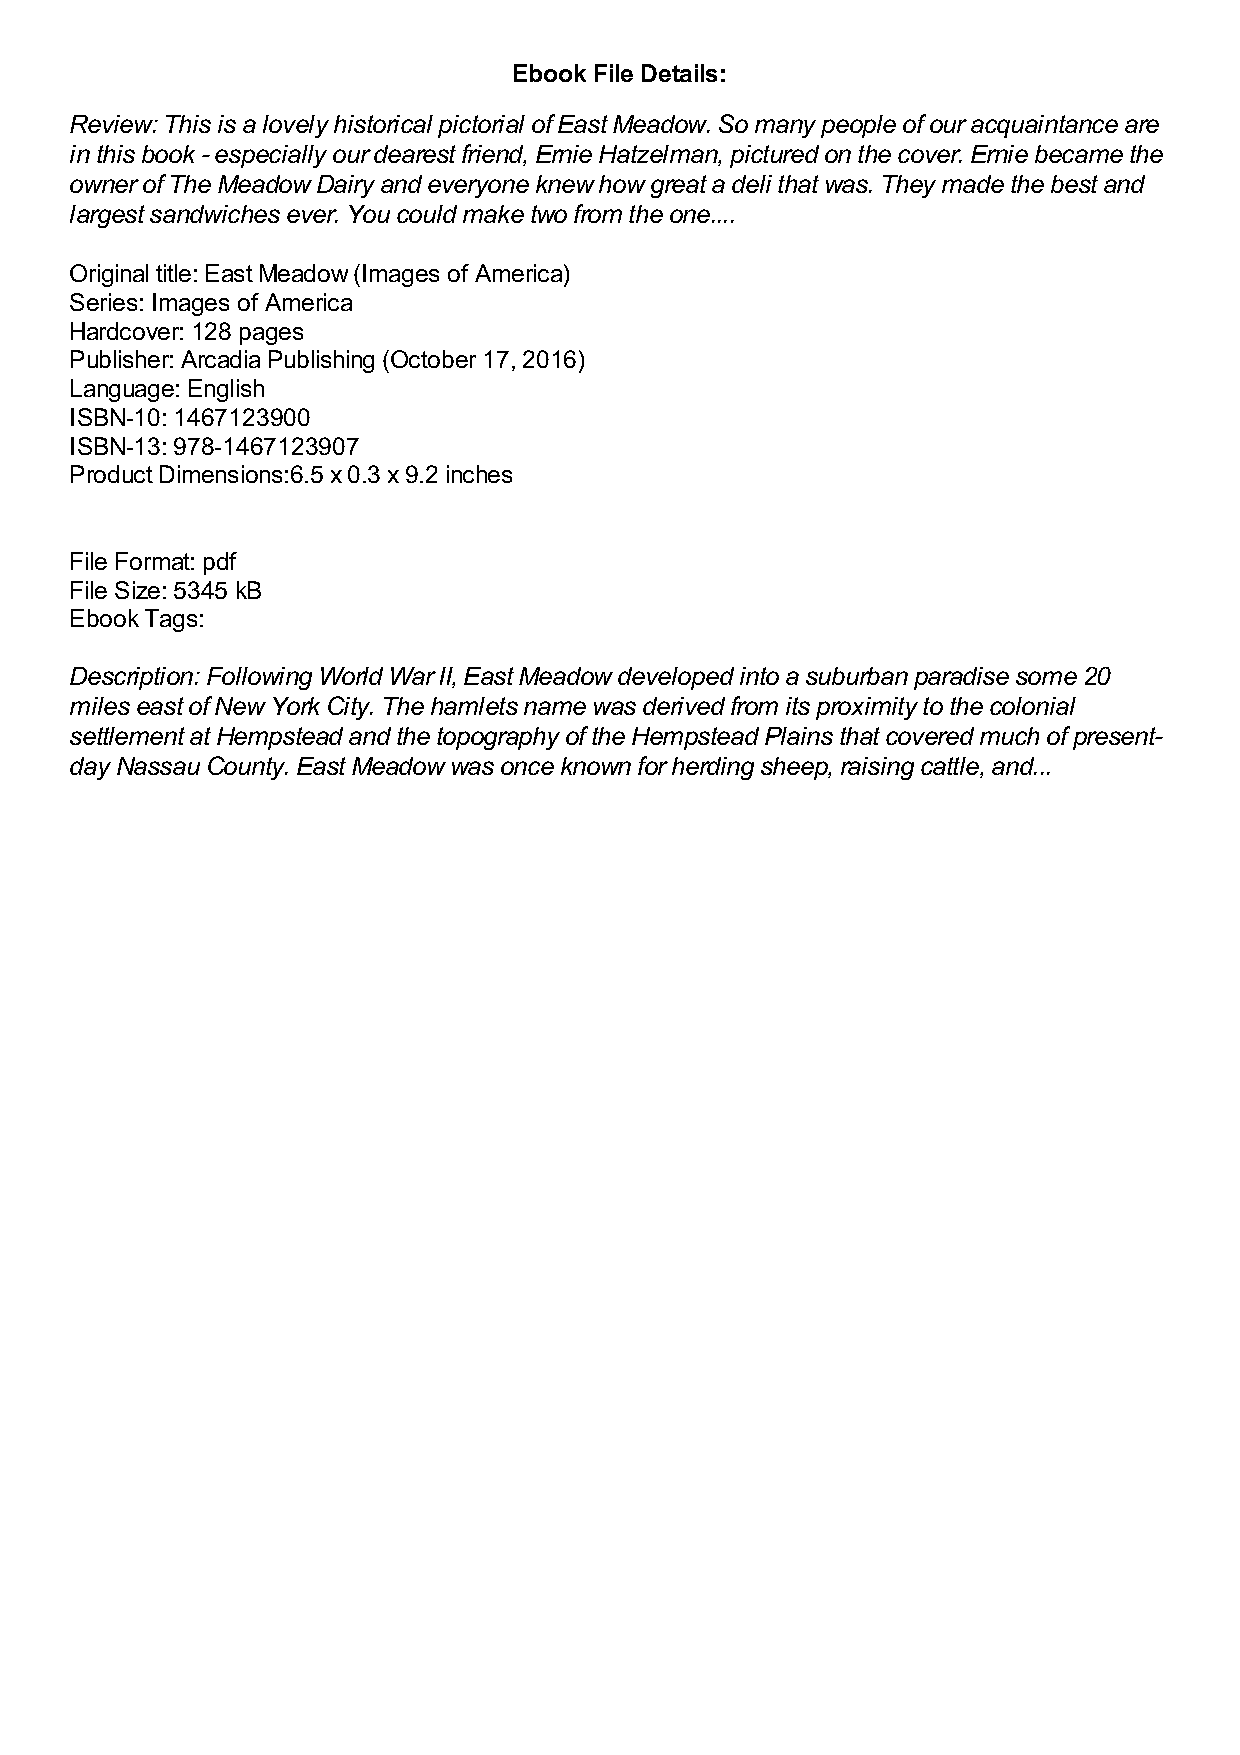
Ebook File Details:
 Review: This is a lovely historical pictorial of East Meadow. So many people of our acquaintance are
 in this book - especially our dearest friend, Ernie Hatzelman, pictured on the cover. Ernie became the
 owner of The Meadow Dairy and everyone knew how great a deli that was. They made the best and
 largest sandwiches ever. You could make two from the one....
 Original title: East Meadow (Images of America)
 Series: Images of America
 Hardcover: 128 pages
 Publisher: Arcadia Publishing (October 17, 2016)
 Language: English
 ISBN-10: 1467123900
 ISBN-13: 978-1467123907
 Product Dimensions:6.5 x 0.3 x 9.2 inches
 File Format: pdf
 File Size: 5345 kB
 Ebook Tags:
 Description: Following World War II, East Meadow developed into a suburban paradise some 20
 miles east of New York City. The hamlets name was derived from its proximity to the colonial
 settlement at Hempstead and the topography of the Hempstead Plains that covered much of present-
 day Nassau County. East Meadow was once known for herding sheep, raising cattle, and...